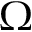
\Omega